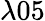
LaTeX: \lambda 05